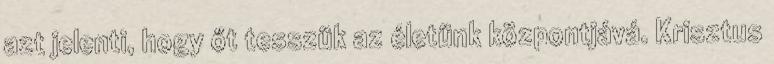
azt jelenti, hogy őt tesszük az életünk központjává. Krisztus